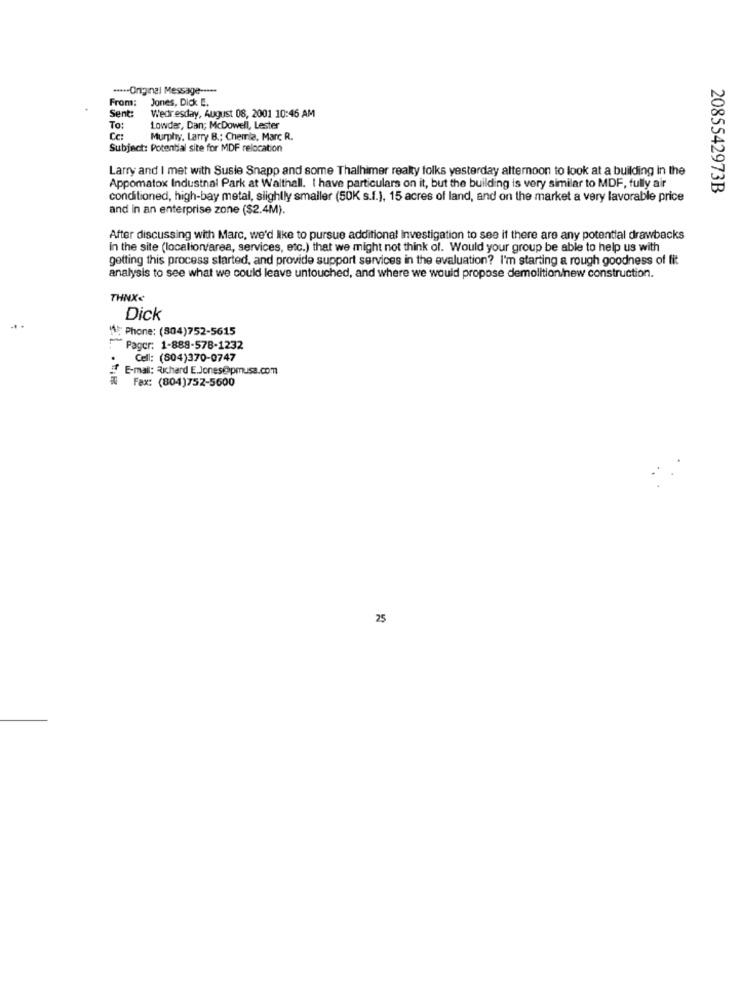
·***- Original Message -----
From: Jones, Dick E.
Sent:
Wedr esday, August 08, 2001 10:46 AM
To:
Lowder, Dan; McDowell, Lester
Murphy, Larry B .: Chemia, Marc R.
Subject: Potential site for MDF relocation
Larry and I met with Susle Snapp and some Thalhimer realty folks yesterday alternoon to look at a building In the
Appomatox Industnal Park at Walthall. I have particulars on it, but the building is very similar to MDF, fully air
2085542973B
conditioned, high-bay metal, slightly smaller (50K s.f.), 15 acres of land, and on the market a very lavorable price
and in an enterprise zone ($2.4M).
After discussing with Marc, we'd like to pursue additional Investigation to see if there are any potential drawbacks
In the site (localion/area, services, etc.) that we might not think of. Would your group be able to help us with
getting this process started, and provide support services in the evaluation? I'm starting a rough goodness of fit
analysis to see what we could leave untouched, and where we would propose demolition/new construction.
THNX€
Dick
Phone: (804)752-5615
Pager: 1-888-578-1232
Cell: (804)370-0747
E-mail: Richard E.Jones@pmusa.com
Fax: (804)752-5600
25